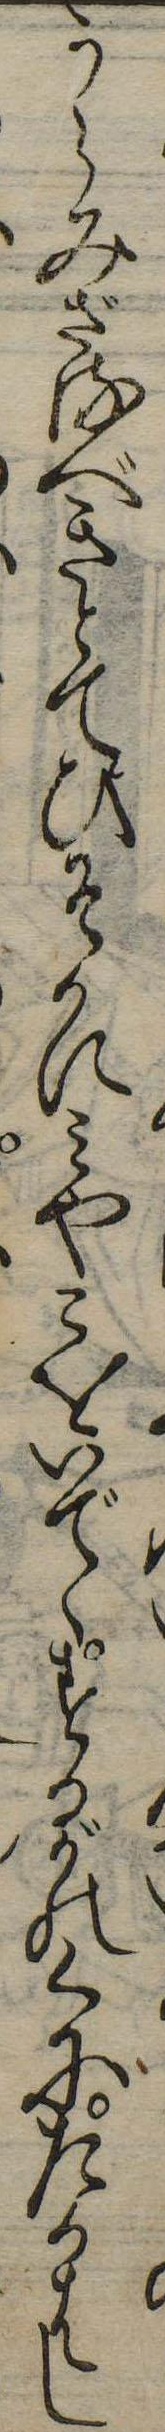
うらみざるべきとてひそかにみやこをいでゝするがのくにたかはし